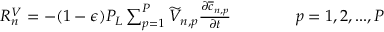
\begin{array} { r } { R _ { n } ^ { V } = - ( 1 - \epsilon ) P _ { L } \sum _ { p = 1 } ^ { P } \widetilde { V } _ { n , p } \frac { \partial \overline { { c } } _ { { n , p } } } { \partial t } \qquad \qquad p = 1 , 2 , . . . , P } \end{array}